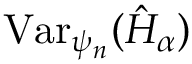
\mathrm { V a r } _ { \psi _ { n } } ( \hat { H } _ { \alpha } )